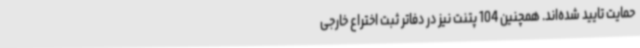
حمایت تایید شده‌اند. همچنین 104 پتنت نیز در دفاتر ثبت اختراع خارجی